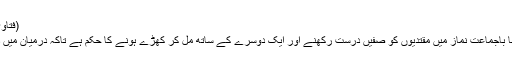
(فتاویٰ ثنائیہ:۱/۵۴۴)
پاؤں چوڑے کرنا باجماعت نماز میں مقتدیوں کو صفیں درست رکھنے اور ایک دوسرے کے ساتھ مل کر کھڑے ہونے کا حکم ہے تاکہ درمیان میں دراڑیں نہ رہیں ۔